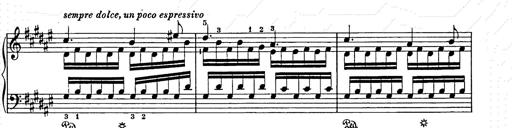
Title: Weihnachtsbaum
Composer: Franz Liszt